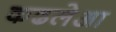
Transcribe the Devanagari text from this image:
कढलेआ